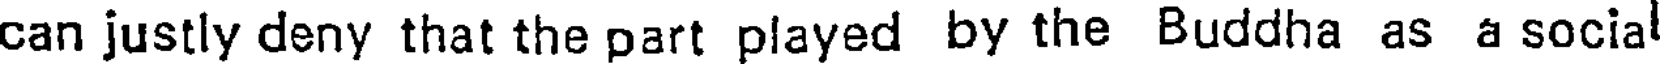
can justly deny that the part played by the Buddha as a social